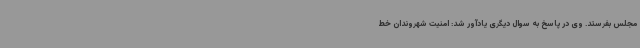
مجلس بفرستد. وی در پاسخ به سوال دیگری یادآور شد: امنیت شهروندان خط